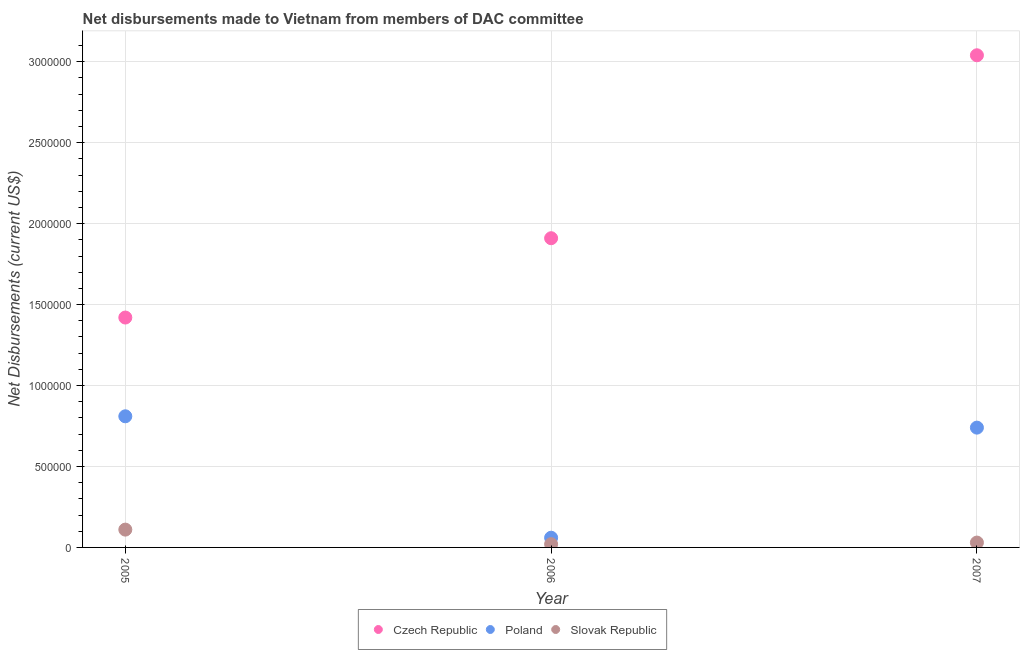
| Year | Czech Republic | Poland | Slovak Republic |
 | --- | --- | --- | --- |
 | 2005 | 1.42e+06 | 8.1e+05 | 1.1e+05 |
 | 2006 | 1.91e+06 | 6e+04 | 2e+04 |
 | 2007 | 3.04e+06 | 7.4e+05 | 3e+04 |